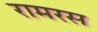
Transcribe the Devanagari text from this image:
रामरस